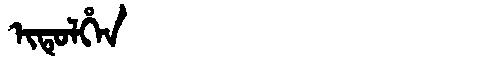
Manchu: ᡳᡨᡠᠯᡥᡝᠨ
Romanization: ITULHEN